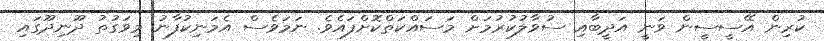
ކުރިން އޭސީސީން ވަނީ އަދީބާއި ސުވާލުކުރުމަށް މަސައްކަތްކޮށްފައެވެ. ނަމަވެސް އެމަނިކުފާނު މިވަގުތު ދޫނިދޫގައި